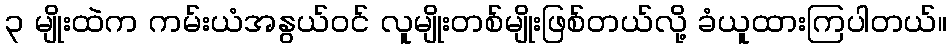
၃ မျိုးထဲက ကမ်းယံအနွယ်ဝင် လူမျိုးတစ်မျိုးဖြစ်တယ်လို့ ခံယူထားကြပါတယ်။